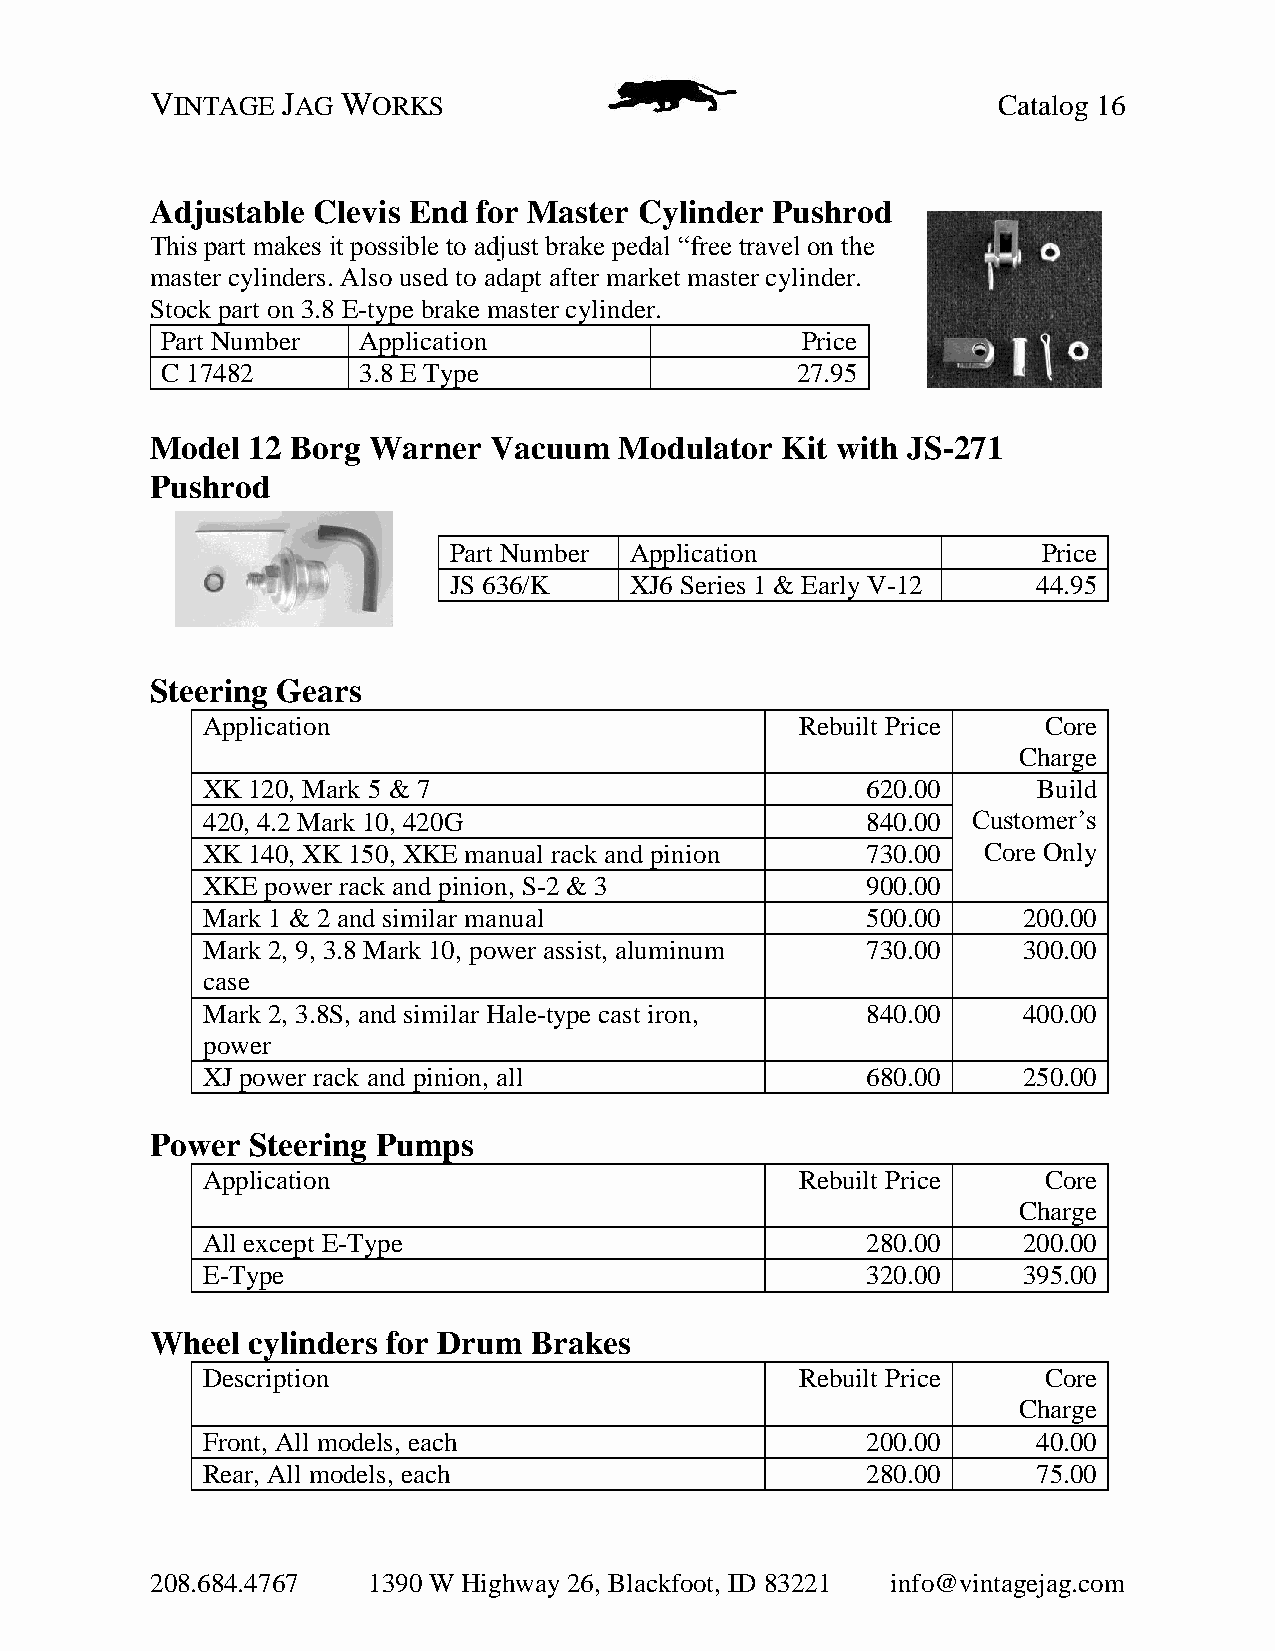
VINTAGE  JAG WORKS                                      Catalog 16
 Adjustable Clevis End for Master Cylinder Pushrod
 This part makes it possible to adjust brake pedal “free travel on the
 master cylinders. Also used to adapt after market master cylinder.
 Stock part on 3.8 E-type brake master cylinder.
 Part Number  Application                  Price
 C 17482      3.8 E Type                   27.95
 Model 12 Borg Warner  Vacuum   Modulator  Kit with JS-271
 Pushrod
 Part Number Application                Price
 JS 636/K    XJ6 Series 1 & Early V-12  44.95
 Steering Gears
 Application                             Rebuilt Price   Core
 Charge
 XK 120, Mark 5 & 7                          620.00      Build
 420, 4.2 Mark 10, 420G                      840.00 Customer’s
 XK 140, XK 150, XKE manual rack and pinion  730.00  Core Only
 XKE  power rack and pinion, S-2 & 3         900.00
 Mark 1 & 2 and similar manual               500.00     200.00
 Mark 2, 9, 3.8 Mark 10, power assist, aluminum 730.00  300.00
 case
 Mark 2, 3.8S, and similar Hale-type cast iron, 840.00  400.00
 power
 XJ power rack and pinion, all               680.00     250.00
 Power Steering Pumps
 Application                             Rebuilt Price   Core
 Charge
 All except E-Type                           280.00     200.00
 E-Type                                      320.00     395.00
 Wheel cylinders for Drum Brakes
 Description                             Rebuilt Price   Core
 Charge
 Front, All models, each                     200.00      40.00
 Rear, All models, each                      280.00      75.00
 208.684.4767  1390 W Highway 26, Blackfoot, ID 83221 info@vintagejag.com